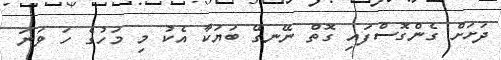
ދަށަށް ގެންގޮސްފައި ގޮތް ނޭނގޭ ބަޔަކާ އެކު މި މަހުގެ ހަ ވަނަ